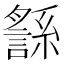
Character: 䌛